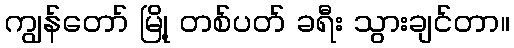
ကျွန်တော် မြို့ တစ်ပတ် ခရီး သွားချင်တာ။